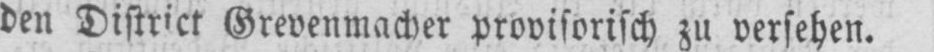
den District Grevenmacher provisorisch zu versehen.